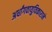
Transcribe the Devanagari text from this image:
अर्धांगवायुविकाराने